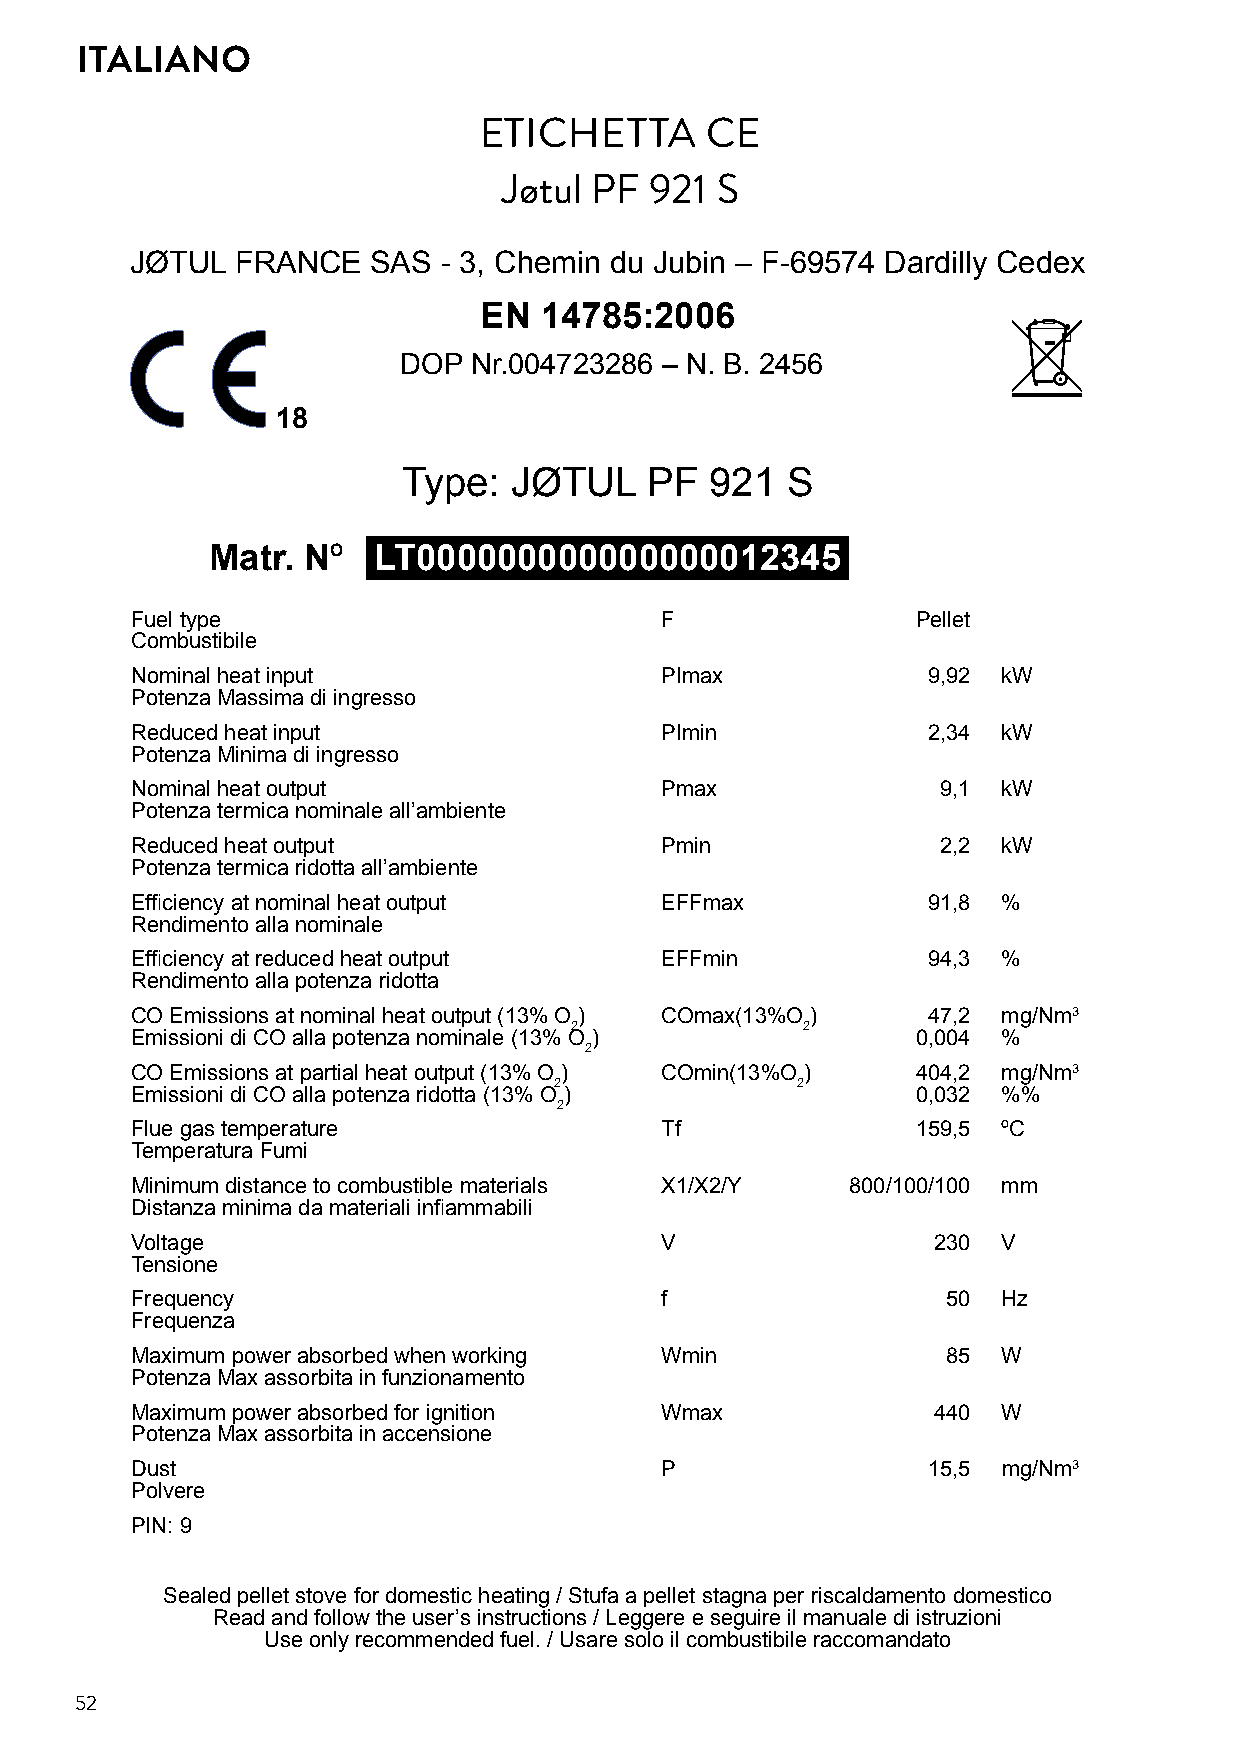
ITALIANO
 ETICHETTA      CE
 Jøtul PF  921 S
 JØTUL  FRANCE   SAS - 3, Chemin du Jubin – F-69574 Dardilly Cedex
 EN  14785:2006
 DOP  Nr.004723286 – N. B. 2456
 18
 Type:  JØTUL    PF  921  S
 Matr. Nº   LT000000000000000012345
 Fuel type                          F                Pellet
 Combustibile
 Nominal heat input                 PImax            9,92 kW
 Potenza Massima di ingresso
 Reduced heat input                 PImin            2,34 kW
 Potenza Minima di ingresso
 Nominal heat output                Pmax              9,1 kW
 Potenza termica nominale all’ambiente
 Reduced heat output                Pmin              2,2 kW
 Potenza termica ridotta all’ambiente
 Efficiency at nominal heat output  EFFmax           91,8 %
 Rendimento alla nominale
 Efficiency at reduced heat output  EFFmin           94,3 %
 Rendimento alla potenza ridotta
 CO Emissions at nominal heat output (13% O ) COmax(13%O ) 47,2 mg/Nm3
 2              2
 Emissioni di CO alla potenza nominale (13% O )      0,004 %
 2
 CO Emissions at partial heat output (13% O ) COmin(13%O ) 404,2 mg/Nm3
 2               2
 Emissioni di CO alla potenza ridotta (13% O )       0,032 %%
 2
 Flue gas temperature               Tf               159,5 ºC
 Temperatura Fumi
 Minimum distance to combustible materials X1/X2/Y 800/100/100 mm
 Distanza minima da materiali infiammabili
 Voltage                            V                 230 V
 Tensione
 Frequency                          f                  50 Hz
 Frequenza
 Maximum power absorbed when working Wmin              85 W
 Potenza Max assorbita in funzionamento
 Maximum power absorbed for ignition Wmax             440 W
 Potenza Max assorbita in accensione
 Dust                               P                15,5 mg/Nm3
 Polvere
 PIN: 9
 Sealed pellet stove for domestic heating / Stufa a pellet stagna per riscaldamento domestico
 Read and follow the user’s instructions / Leggere e seguire il manuale di istruzioni
 Use only recommended fuel. / Usare solo il combustibile raccomandato
 52